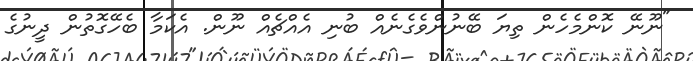
"ނޫނޭ ކޮންމެހެން ތިޔަ ބޭނުންވެގެނެއް ބުނި އެއްޗެއް ނޫން. އެކަމާ ބެހޭގޮތުން ދީނުގެ